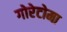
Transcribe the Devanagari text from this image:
गोरेटोमा